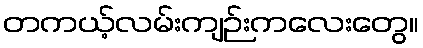
တကယ့်လမ်းကျဉ်းကလေးတွေ။